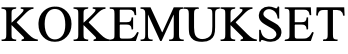
KOKEMUKSET